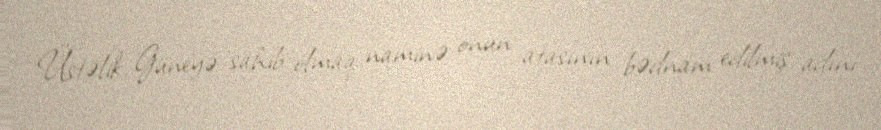
Üstəlik, Güneyə sahib olmaq naminə onun atasının bədnam edilmiş adını